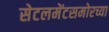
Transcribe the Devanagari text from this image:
सेटलमेंटसमोरच्या